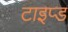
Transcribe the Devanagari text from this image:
टाइप्ड